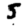
Digit: 5